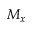
M _ { x }